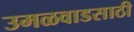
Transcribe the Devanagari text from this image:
उमळवाडसाठी